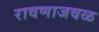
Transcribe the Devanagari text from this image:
रावणाजवळ